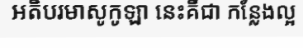
អតិបរមាសូកូឡា នេះគឺជា កន្លែងល្អ